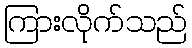
ကြားလိုက်သည်